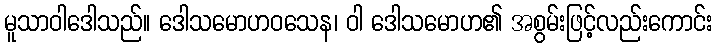
မူသာဝါဒေါသည်။ ဒေါသမောဟဝသေန၊ ဝါ ဒေါသမောဟ၏ အစွမ်းဖြင့်လည်းကောင်း